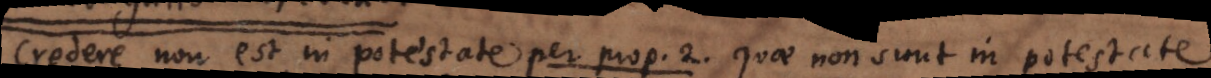
Credere non est in potestate per prop. 2. quae non sunt in potestate,